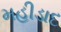
મહીડાદ